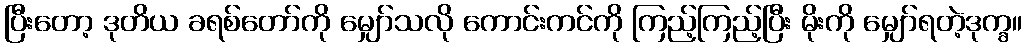
ပြီးတော့ ဒုတိယ ခရစ်တော်ကို မျှော်သလို ကောင်းကင်ကို ကြည့်ကြည့်ပြီး မိုးကို မျှော်ရတဲ့ဒုက္ခ။